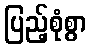
ပြည့်စုံစွာ